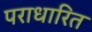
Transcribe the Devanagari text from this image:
पराधारित